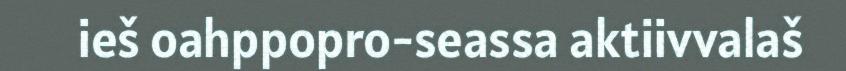
ieš oahppopro-seassa aktiivvalaš